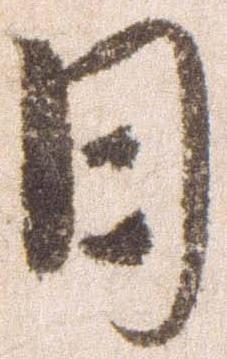
日